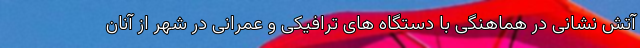
آتش نشانی در هماهنگی با دستگاه های ترافیکی و عمرانی در شهر از آنان